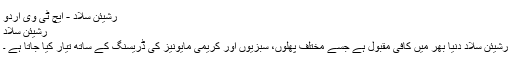
رشیئن سلاد - ایچ ٹی وی اردو
رشیئن سلاد
رشیئن سلاد دنیا بھر میں کافی مقبول ہے جسے مختلف پھلوں، سبزیوں اور کریمی مایونیز کی ڈریسنگ کے ساتھ تیار کیا جاتا ہے ۔